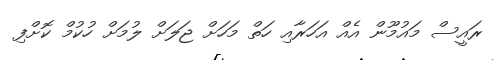
ރައީސް މައުމޫން އެއް އަހަރާއި ހަތް މަހަށް ޖަލަށް ލުމަށް ހުކުމް ކޮށްފި